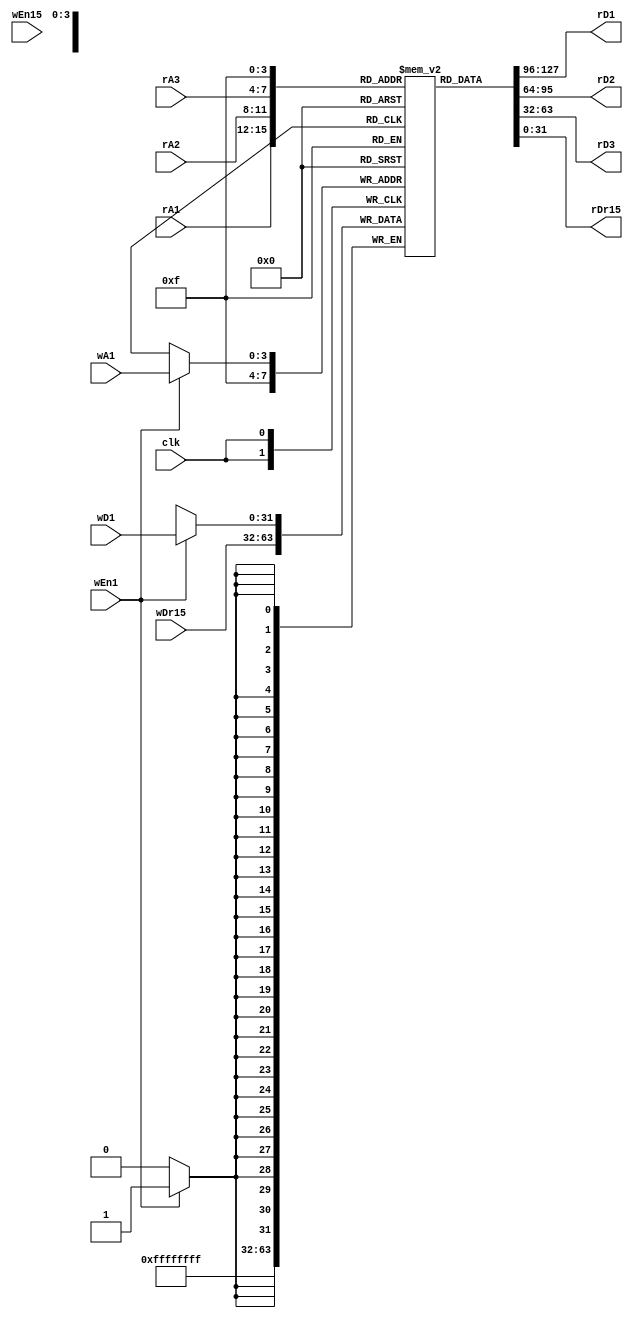
module regfile(
	input clk,
	input  [3:0]  rA1, rA2, rA3,
	output [31:0] rD1, rD2, rD3,
	input        wEn1,wEn15,
	input [3:0]  wA1,
	input [31:0] wD1,
	input [31:0] wDr15,
	output[31:0] rDr15
	);
	
	reg [31:0] refile [15:0];
	
	assign rD1 = refile[rA1];
	assign rD2 = refile[rA2];
	assign rD3 = refile[rA3];
	assign rDr15 = refile[15];
	
	always@(posedge clk) begin
		if (wEn1) begin 
			refile[wA1] <= wD1;
		end
		refile[15] <= wDr15;
	end
	
endmodule